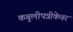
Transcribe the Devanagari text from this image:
कबुलीपत्रीकेवर